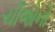
ચીજોનો